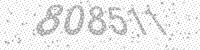
Solution: 808511